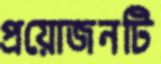
প্রয়োজনটি